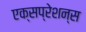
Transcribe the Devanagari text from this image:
एक्सप्रेशन्स